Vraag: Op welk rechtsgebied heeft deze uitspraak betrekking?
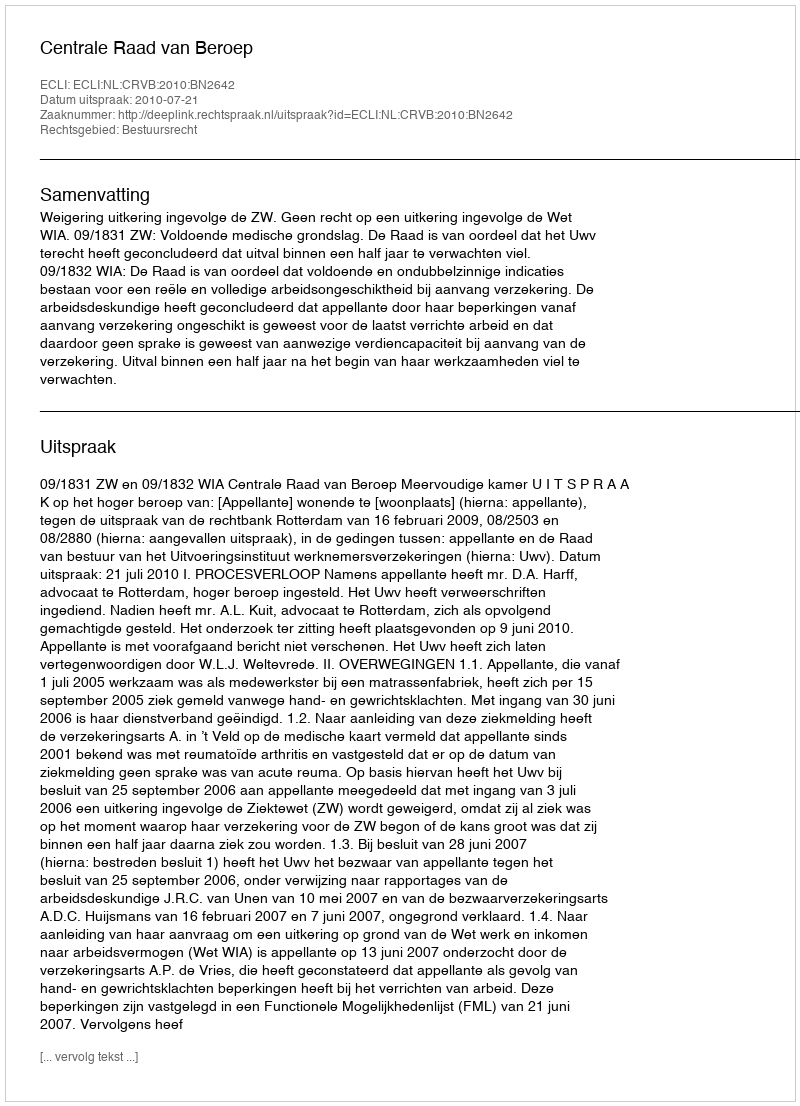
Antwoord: Bestuursrecht